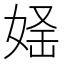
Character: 𡝛